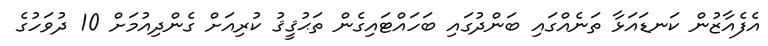
އެފެއާޒުން ކަނޑައަޅާ ތަނެއްގައި ބަންދުގައި ބަހައްޓައިގެން ތަޙުޤީޤު ކުރިއަށް ގެންދިއުމަށް 10 ދުވަހުގެ